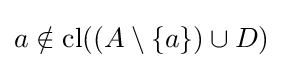
a\notin {\text{cl}}((A\setminus \{a\})\cup D)